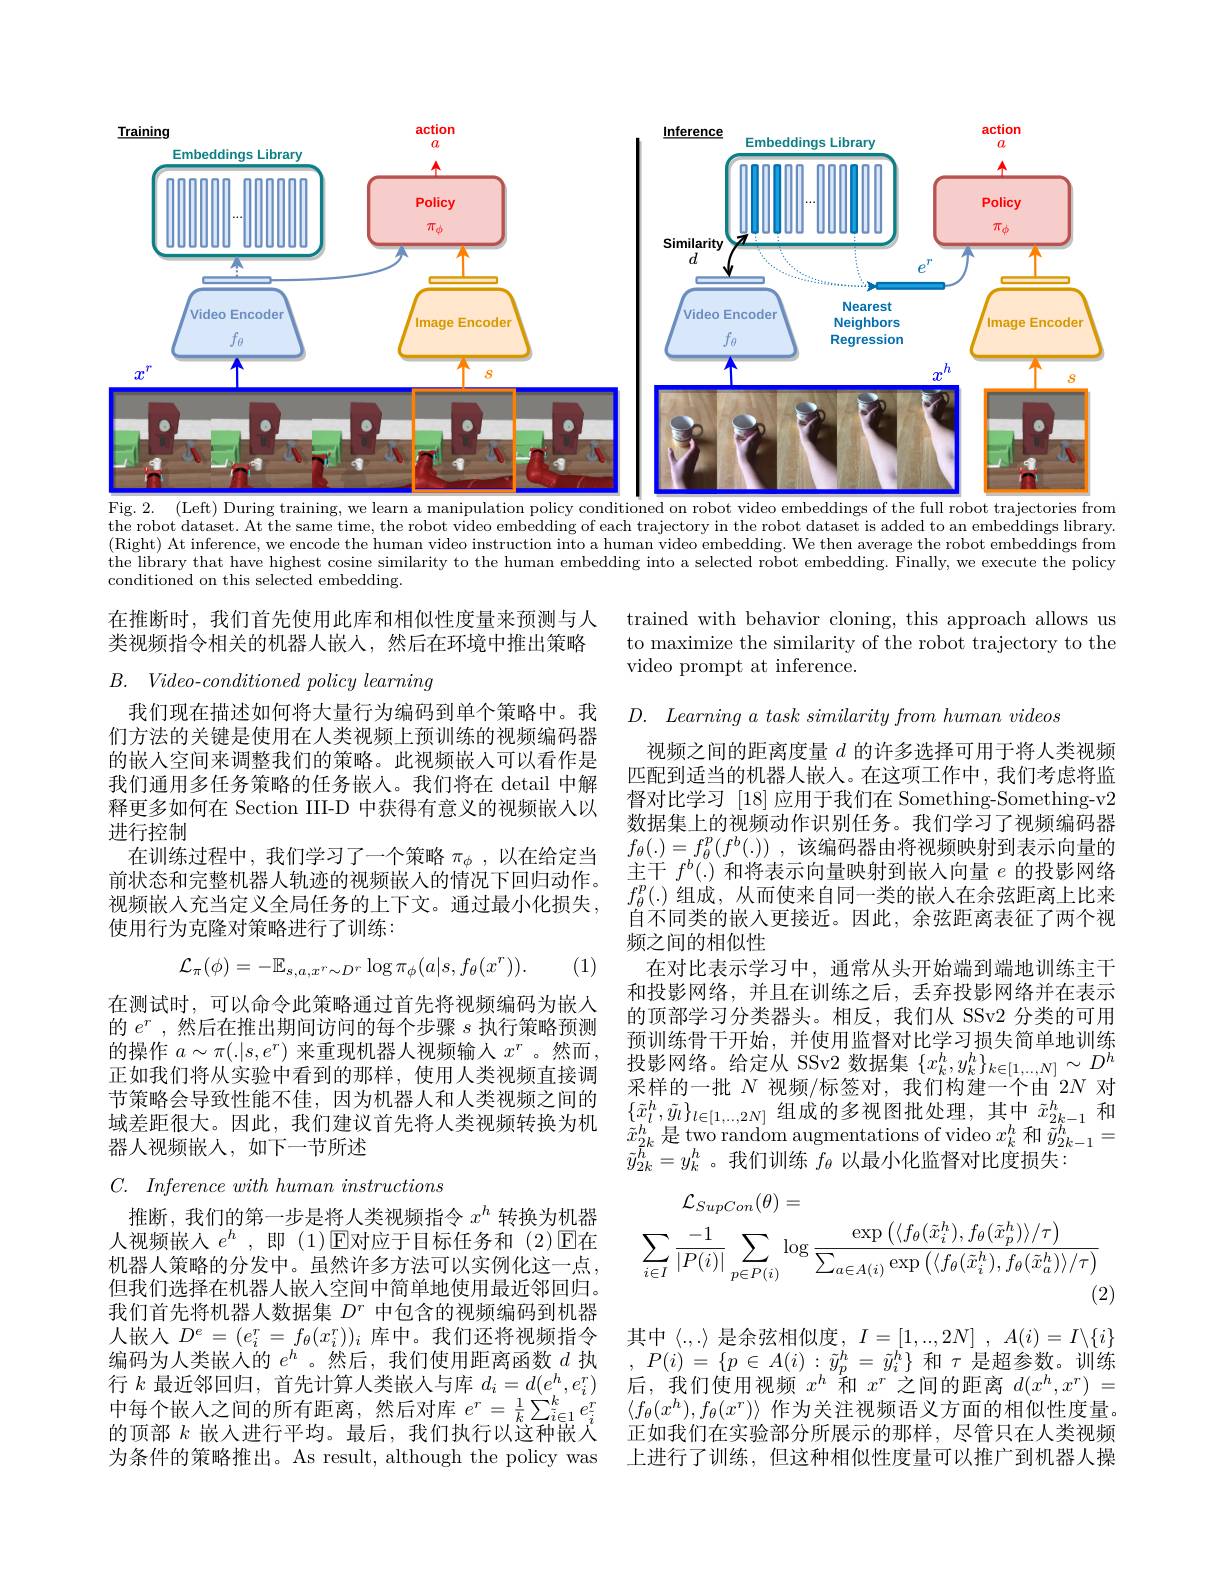
<FigureHere>
Fig. 2. (Left) During training, we learn a manipulation policy conditioned on robot video embeddings of the full robot trajectories from

the robot dataset. At the same time, the robot video embedding of each trajectory in the robot dataset is added to an embeddings library. (Right) At inference, we encode the human video instruction into a human video embedding. We then average the robot embeddings from the library that have highest cosine similarity to the human embedding into a selected robot embedding. Finally, we execute the policy conditioned on this selected embedding.

在推断时，我们首先使用此库和相似性度量来预测与人类视频指令相关的机器人嵌入，然后在环境中推出策略

trained with behavior cloning, this approach allows us to maximize the similarity of the robot trajectory to the video prompt at inference.

$B.$ $Video- conditioned$ policy learning

$D.$ $\textit{Learning a task similarity from human videos}$

我们现在描述如何将大量行为编码到单个策略中。我们方法的关键是使用在人类视频上预训练的视频编码器的嵌人空间来调整我们的策略。此视频嵌入可以看作是我们通用多任务策略的任务嵌入。我们将在 detail 中解释更多如何在 Section III-D 中获得有意义的视频嵌人以进行控制
在训练过程中，我们学习了一个策略$\pi_\phi$,以在给定当前状态和完整机器人轨迹的视频嵌人的情况下回归动作。视频嵌入充当定义全局任务的上下文。通过最小化损失， 使用行为克隆对策略进行了训练：

视频之间的距离度量$d$的许多选择可用于将人类视频匹配到适当的机器人嵌人。在这项工作中，我们考虑将监督对比学习[18]应用于我们在 Something-Something-v2数据集上的视频动作识别任务。我们学习了视频编码器$f_{\theta }( . ) = f_{\theta }^{p}( f^{b}( . ) )$ ,该编码器由将视频映射到表示向量的主干$f^b(.)$和将表示向量映射到嵌入向量$e$的投影网络$f_{\theta}^p(.)$组成，从而使来自同一类的嵌人在余弦距离上比来自不同类的嵌人更接近。因此，余弦距离表征了两个视频之间的相似性
在对比表示学习中，通常从头开始端到端地训练主干和投影网络，并且在训练之后，丢弃投影网络并在表示的顶部学习分类器头。相反，我们从 SSv2 分类的可用预训练骨干开始，并使用监督对比学习损失简单地训练投影网络。给定从 SSv2 数据集$\{x_k^h,y_k^h\}_{k\in[1,\ldots,N]}\sim D^h$ 采样的一批$N$视频/标签对，我们构建一个由 2$N$对$\{\tilde{x}_l^h,\tilde{y}_l\}_{l\in[1,\ldots,2N]}$组成的多视图批处理，其中 $\tilde{x}_2k-1^h$ 和$\tilde{x}_{2k}^{h}$是 two random augmentations of video $x_k^h$和$\tilde{y}_{2k-1}^{h}=$ $\tilde{y}_{2k}^{h}=y_{k}^{h}$。我们训练$f_\theta$以最小化监督对比度损失：
$$\mathcal{L}_{\pi}(\phi)=-\mathbb{E}_{s,a,x^{r}\sim D^{r}}\log\pi_{\phi}(a|s,f_{\theta}(x^{r})).$$
(1)

在测试时，可以命令此策略通过首先将视频编码为嵌人的$e^r$ ,然后在推出期间访问的每个步骤$s$执行策略预测的操作$a\sim\pi(.|s,e^r)$来重现机器人视频输人$x^r$ 。然而， 正如我们将从实验中看到的那样，使用人类视频直接调节策略会导致性能不佳，因为机器人和人类视频之间的域差距很大。因此，我们建议首先将人类视频转换为机器人视频嵌人，如下一节所述

$C.$ Inference with human instructions
$$\mathcal{L}_{SupCon}(\theta)=\\\sum_{i\in I}\frac{-1}{|P(i)|}\sum_{p\in P(i)}\log\frac{\exp\left(\langle f_{\theta}(\tilde{x}_{i}^{h}),f_{\theta}(\tilde{x}_{p}^{h})\rangle/\tau\right)}{\sum_{a\in A(i)}\exp\left(\langle f_{\theta}(\tilde{x}_{i}^{h}),f_{\theta}(\tilde{x}_{a}^{h})\rangle/\tau\right)}$$
推断，我们的第一步是将人类视频指令$x^h$转换为机器人视频嵌人 $e^h$, 即 (1)$\operatorname{E}$对应于目标任务和 (2)☑在机器人策略的分发中。虽然许多方法可以实例化这一点， 但我们选择在机器人嵌入空间中简单地使用最近邻回归。我们首先将机器人数据集$D^r$中包含的视频编码到机器人嵌人$D^e=(e_i^r=f_\theta(x_i^r))_i$ 库中。我们还将视频指令编码为人类嵌入的$e^h$ 。然后，我们使用距离函数$d$执行$k$最近邻回归，首先计算人类嵌人与库$d_i=d(e_i^h,e_i^r)$ 中每个嵌人之间的所有距离，然后对库$e^r=\frac1k\sum_{\tilde{i}\in1}^ke_i^T$ 的顶部$k$嵌入进行平均。最后，我们执行以这种嵌人为条件的策略推出。As result, although the policy was

其中《.,.〉是余弦相似度，$I=[1,...,2N],A(i)=I\backslash\{i\}$ , $P( i)$ = $\{ p$ $\in$ $A( i)$ : $\tilde{y} _{p}^{h}$ = $\tilde{y} _{i}^{h}\}$ 和$\tau$是超参数。训练后，我们使用视频$x^h$和$x^r$之间的距离$d(x^h,x^r)=$ $\langle f_\theta(x^h),f_\theta(x^r)\rangle$作为关注视频语义方面的相似性度量。正如我们在实验部分所展示的那样，尽管只在人类视频上进行了训练，但这种相似性度量可以推广到机器人操